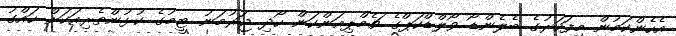
އެހެންކަމުން މިފަހަރުގެ ބެލެންޑޯ ވޯލްޑްކަޕްގެ ޗެމްޕިއަންކަން ހޯދި ޖަރުމަނު ޓީމުގެ ކުޅުންތެރިއަކަށް ހައްގު